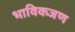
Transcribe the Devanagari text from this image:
भाविकजण